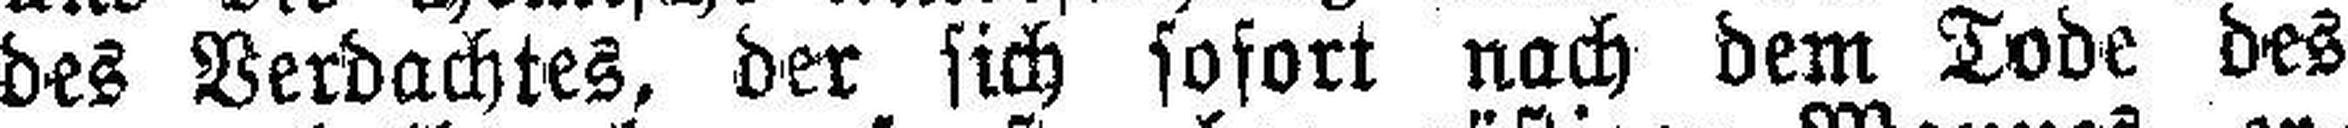
des Verdachtes, der sich sofort nach dem Tode des